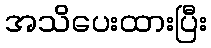
အသိပေးထားပြီး